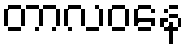
တာလဝနေ